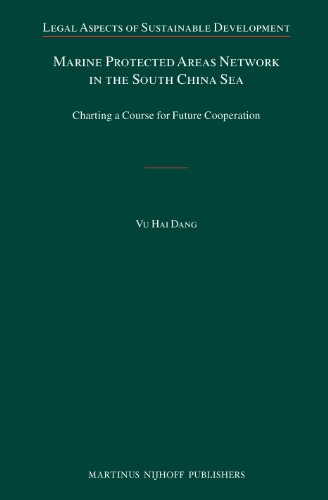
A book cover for Marine Protected Areas Network in the South China Sea: Charting a Course for Future Cooperation (Legal Aspects of Sustainable Development); Vu Hai Dang; Law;